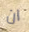
ان